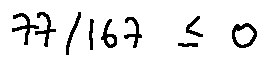
7 7 / 1 6 7 \leq 0